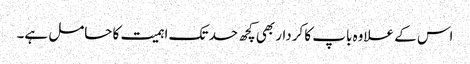
اس کے علاوہ باپ کا کردار بھی کچھ حد تک اہمیت کا حامل ہے۔